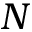
N